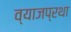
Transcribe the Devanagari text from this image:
व्याजप्रथा